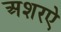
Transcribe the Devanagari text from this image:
अशरऐ